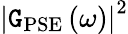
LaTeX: \left|\mathtt{G}_{\mathrm{{PSE}}}\left(\omega\right)\right|^{2}